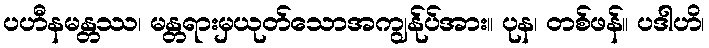
ပဟီနမန္တဿ၊ မန္တရားမှယုတ်သောအကျွန်ုပ်အား။ ပုန၊ တစ်ဖန်။ ပဒါဟိ၊